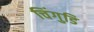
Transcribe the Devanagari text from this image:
चिंगुडि